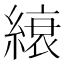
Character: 縗